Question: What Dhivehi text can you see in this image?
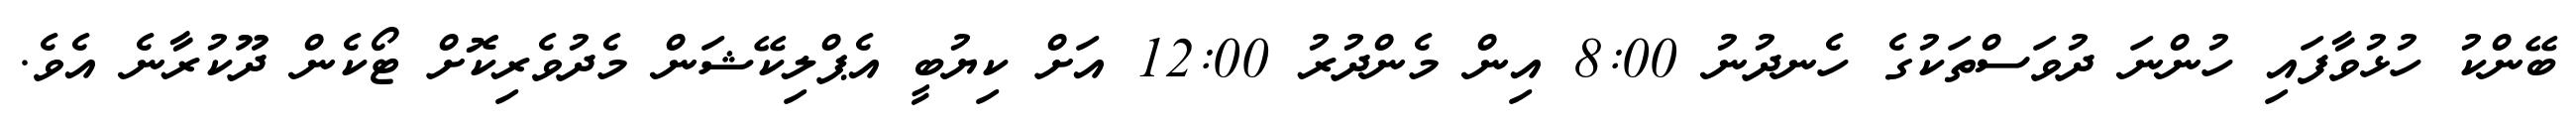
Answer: ބޭންކު ހުޅުވާފައި ހުންނަ ދުވަސްތަކުގެ ހެނދުނު 8:00 އިން މެންދުރު 12:00 އަށް ކިޔުބީ އެޕްލިކޭޝަން މެދުވެރިކޮށް ޓޯކެން ދޫކުރާނެ އެވެ.